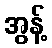
အွန့်